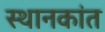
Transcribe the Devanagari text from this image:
स्थानकांत